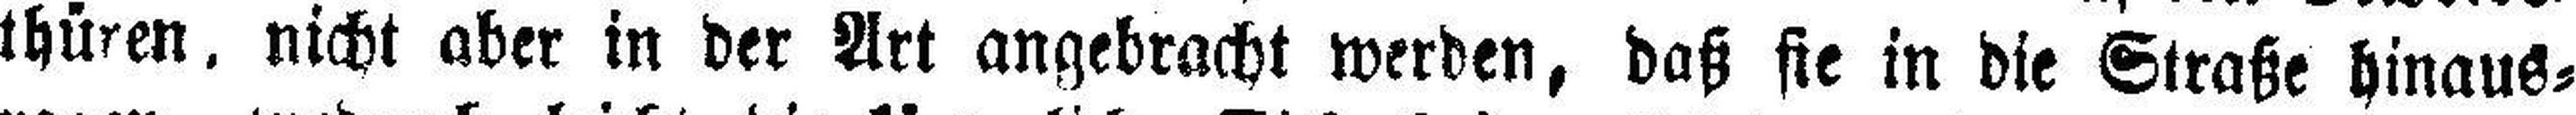
thüren, nicht aber in der Art angebracht werden, daß sie in die Straße hinaus¬